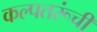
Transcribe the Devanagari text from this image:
कल्पतरूंची